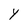
Character: Y